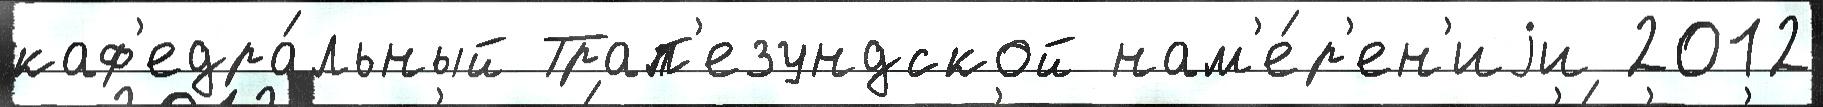
каф'едра́льный Трап'езундской нам'е́р'ен'иjи 2012